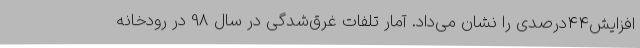
افزایش44درصدی را نشان می‌داد. آمار تلفات غرق‌شدگی در سال 98 در رودخانه